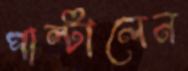
পাল্‌টালেন